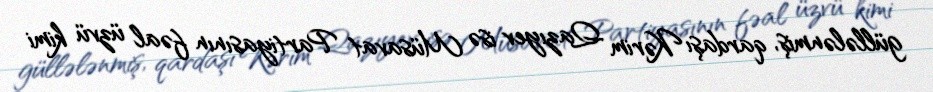
güllələnmiş, qardaşı Kərim Qazıyev isə Müsavat Partiyasının fəal üzvü kimi